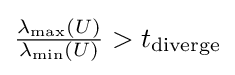
{\tfrac {\lambda _{\max }(U)}{\lambda _{\min }(U)}}>t_{\text{diverge}}